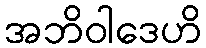
အဘိဝါဒေဟိ